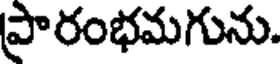
ప్రారంభమగును.